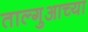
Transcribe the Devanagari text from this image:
ताल्गुआच्या